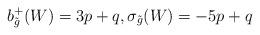
LaTeX: \begin{align*}b^+_{\tilde{g}}(W) = 3p+q,\sigma_{\tilde{g}}(W) = -5p+q\end{align*}